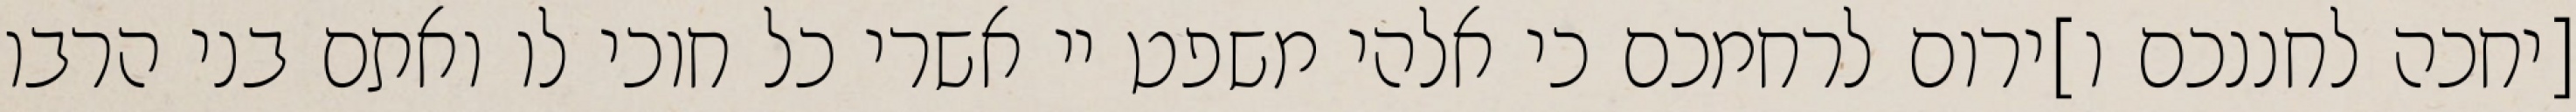
[יחכה לחננכם ו]ירום לרחמכם כי אלהי משפט יי אשרי כל חוכי לו ואתם בני הרבו